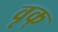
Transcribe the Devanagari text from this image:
वृक्